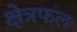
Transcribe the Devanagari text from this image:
क्षेत्रफलः